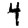
Digit: 4